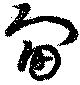
甸